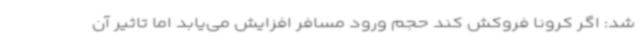
شد: اگر کرونا فروکش کند حجم ورود مسافر افزایش می‌یابد اما تاثیر آن